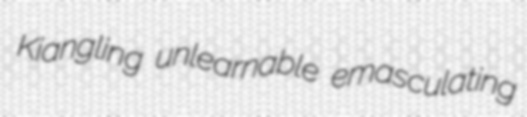
Kiangling unlearnable emasculating